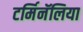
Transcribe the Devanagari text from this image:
टर्मिनॅलिया